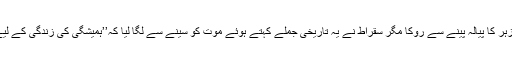
اگرچہ آخری وقت میں بھی اس کے شاگرد قراطو نے سقراط کو زہر کا پیالہ پینے سے روکا مگر سقراط نے یہ تاریخی جملے کہتے ہوئے موت کو سینے سے لگا لیا کہ’’ہمیشگی کی زندگی کے لیے مرنا برحق ہے لہٰذا میں اس موت کو محسوس کرنا چاہتا ہوں‘‘۔